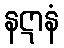
နဋာနံ